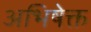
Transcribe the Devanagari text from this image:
अभिषेक्त